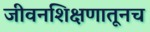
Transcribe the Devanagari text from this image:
जीवनशिक्षणातूनच